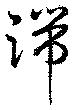
端